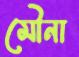
মৌনা